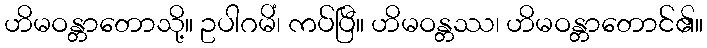
ဟိမဝန္တာတောသို့။ ဥပါဂမိံ၊ ကပ်ပြီ။ ဟိမဝန္တဿ၊ ဟိမဝန္တာတောင်၏။